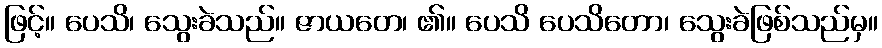
ဖြင့်။ ပေသိ၊ သွေးခဲသည်။ ဇာယတေ၊ ၏။ ပေသိ ပေသိတော၊ သွေးခဲဖြစ်သည်မှ။